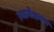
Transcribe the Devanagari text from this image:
त्यागेश्रवण